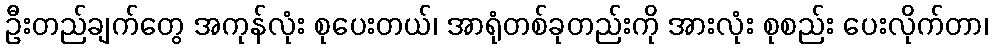
ဦးတည်ချက်တွေ အကုန်လုံး စုပေးတယ်၊ အာရုံတစ်ခုတည်းကို အားလုံး စုစည်း ပေးလိုက်တာ၊